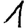
Digit: 1